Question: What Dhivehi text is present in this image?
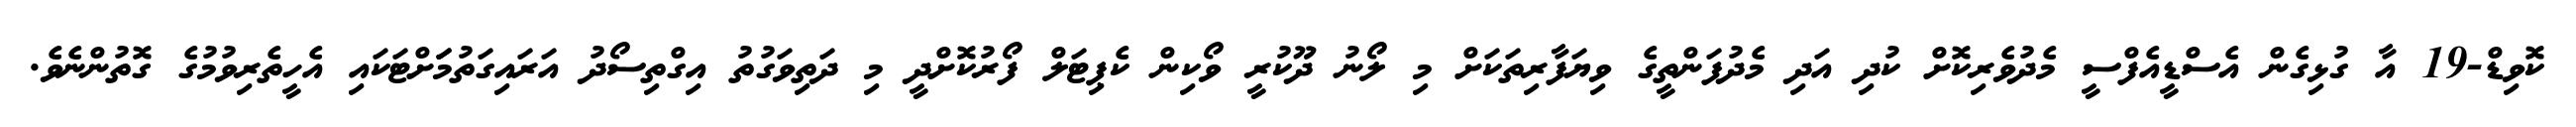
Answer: ކޮވިޑް-19 އާ ގުޅިގެން އެސްޑީއެފްސީ މެދުވެރިކޮށް ކުދި އަދި މެދުފަންތީގެ ވިޔަފާރިތަކަށް މި ލޯނު ދޫކުރީ ވޯކިން ކެޕިޓަލް ފޯރުކޮށްދީ މި ދަތިވަގުތު އިގްތިސޯދު އަރައިގަތުމަަށްޓަކައި އެހީތެރިވުމުގެ ގޮތުންނެވެ.